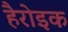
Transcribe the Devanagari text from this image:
हैरोइक